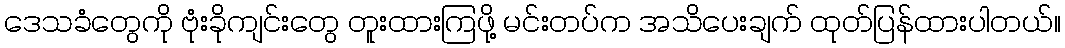
ဒေသခံတွေကို ဗုံးခိုကျင်းတွေ တူးထားကြဖို့ မင်းတပ်က အသိပေးချက် ထုတ်ပြန်ထားပါတယ်။